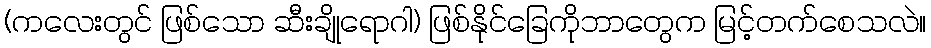
(ကလေးတွင် ဖြစ်သော ဆီးချိုရောဂါ) ဖြစ်နိုင်ခြေကိုဘာတွေက မြင့်တက်စေသလဲ။